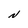
Character: N